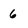
Character: 6